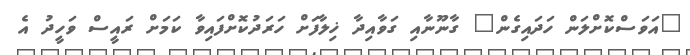
"އަވަސްކޮށްލަން ހަދައިގެން" ގާނޫނާއި ގަވާއިދާ ޚިލާފަށް ހަރަދުކޮށްފައިވާ ކަމަށް ރައީސް ވަހީދު އެ